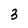
Character: 3